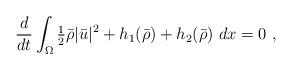
LaTeX: \begin{align*} \frac{d}{dt} \int_\Omega \tfrac{1}{2}\bar \rho |\bar u|^2+h_1(\bar \rho) + h_2(\bar \rho) \ dx = 0 \ ,\end{align*}